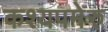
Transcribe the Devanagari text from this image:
कश्यपमेरु